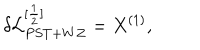
LaTeX: \delta { \cal L } _ { P S T + W Z } ^ { [ \frac { 1 } { 2 } ] } = X ^ { ( 1 ) } ,